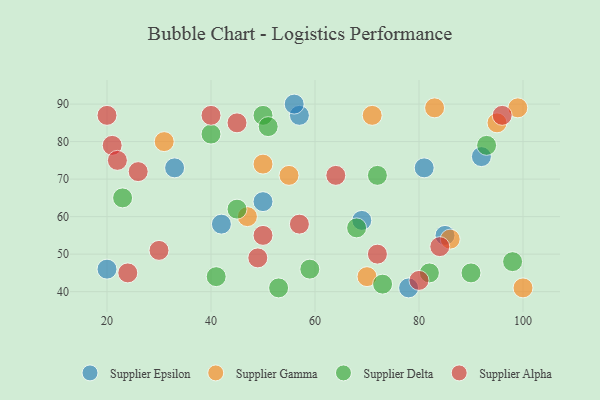
{"axis": {"x": "GDP", "y": "Life Expectancy"}, "legend": ["Supplier Alpha", "Supplier Delta", "Supplier Epsilon", "Supplier Gamma"], "data": [{"x": "42", "y": 58, "type": "Supplier Epsilon"}, {"x": "33", "y": 73, "type": "Supplier Epsilon"}, {"x": "57", "y": 87, "type": "Supplier Epsilon"}, {"x": "50", "y": 64, "type": "Supplier Epsilon"}, {"x": "20", "y": 46, "type": "Supplier Epsilon"}, {"x": "92", "y": 76, "type": "Supplier Epsilon"}, {"x": "69", "y": 59, "type": "Supplier Epsilon"}, {"x": "85", "y": 55, "type": "Supplier Epsilon"}, {"x": "56", "y": 90, "type": "Supplier Epsilon"}, {"x": "78", "y": 41, "type": "Supplier Epsilon"}, {"x": "81", "y": 73, "type": "Supplier Epsilon"}, {"x": "99", "y": 89, "type": "Supplier Gamma"}, {"x": "47", "y": 60, "type": "Supplier Gamma"}, {"x": "70", "y": 44, "type": "Supplier Gamma"}, {"x": "55", "y": 71, "type": "Supplier Gamma"}, {"x": "86", "y": 54, "type": "Supplier Gamma"}, {"x": "31", "y": 80, "type": "Supplier Gamma"}, {"x": "95", "y": 85, "type": "Supplier Gamma"}, {"x": "50", "y": 74, "type": "Supplier Gamma"}, {"x": "83", "y": 89, "type": "Supplier Gamma"}, {"x": "100", "y": 41, "type": "Supplier Gamma"}, {"x": "71", "y": 87, "type": "Supplier Gamma"}, {"x": "90", "y": 45, "type": "Supplier Delta"}, {"x": "93", "y": 79, "type": "Supplier Delta"}, {"x": "40", "y": 82, "type": "Supplier Delta"}, {"x": "41", "y": 44, "type": "Supplier Delta"}, {"x": "59", "y": 46, "type": "Supplier Delta"}, {"x": "72", "y": 71, "type": "Supplier Delta"}, {"x": "23", "y": 65, "type": "Supplier Delta"}, {"x": "73", "y": 42, "type": "Supplier Delta"}, {"x": "82", "y": 45, "type": "Supplier Delta"}, {"x": "50", "y": 87, "type": "Supplier Delta"}, {"x": "51", "y": 84, "type": "Supplier Delta"}, {"x": "53", "y": 41, "type": "Supplier Delta"}, {"x": "98", "y": 48, "type": "Supplier Delta"}, {"x": "68", "y": 57, "type": "Supplier Delta"}, {"x": "45", "y": 62, "type": "Supplier Delta"}, {"x": "57", "y": 58, "type": "Supplier Alpha"}, {"x": "40", "y": 87, "type": "Supplier Alpha"}, {"x": "26", "y": 72, "type": "Supplier Alpha"}, {"x": "21", "y": 79, "type": "Supplier Alpha"}, {"x": "72", "y": 50, "type": "Supplier Alpha"}, {"x": "24", "y": 45, "type": "Supplier Alpha"}, {"x": "22", "y": 75, "type": "Supplier Alpha"}, {"x": "30", "y": 51, "type": "Supplier Alpha"}, {"x": "49", "y": 49, "type": "Supplier Alpha"}, {"x": "45", "y": 85, "type": "Supplier Alpha"}, {"x": "96", "y": 87, "type": "Supplier Alpha"}, {"x": "20", "y": 87, "type": "Supplier Alpha"}, {"x": "84", "y": 52, "type": "Supplier Alpha"}, {"x": "64", "y": 71, "type": "Supplier Alpha"}, {"x": "80", "y": 43, "type": "Supplier Alpha"}, {"x": "50", "y": 55, "type": "Supplier Alpha"}]}